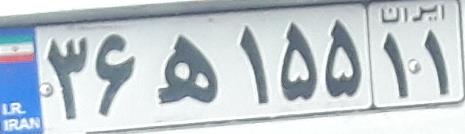
۳۶ه۱۵۵۱۱